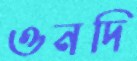
ওনদি